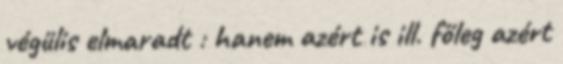
végülis elmaradt : hanem azért is ill. főleg azért